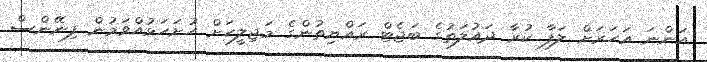
އަންނަ އަހަރަށް ލަފާ ކުރާ ދައުލަތުގެ ބަޖެޓް ރައްޔިތުންގެ މަޖިލީހަށް ހުށަހަޅުއްވަމުން ފިނޭންސް